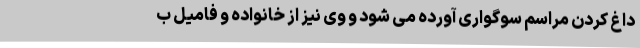
داغ کردن مراسم سوگواری آورده می شود و وی نیز از خانواده و فامیل ب